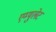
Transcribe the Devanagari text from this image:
एम्युलेट